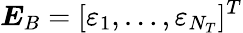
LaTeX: \boldsymbol{E}_{B}=[\varepsilon_{1},\ldots,\varepsilon_{N_{T}}]^{T}